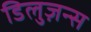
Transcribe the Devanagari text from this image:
डिलुज़न्स